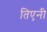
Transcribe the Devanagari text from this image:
तिएनी